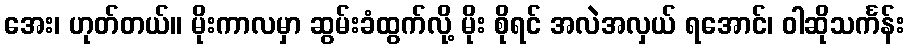
အေး၊ ဟုတ်တယ်။ မိုးကာလမှာ ဆွမ်းခံထွက်လို့ မိုး စိုရင် အလဲအလှယ် ရအောင်၊ ဝါဆိုသင်္ကန်း